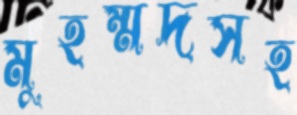
মুহম্মদসহ